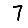
Digit: 7